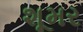
શૂમર